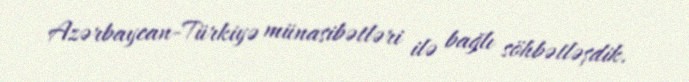
Azərbaycan-Türkiyə münasibətləri ilə bağlı söhbətləşdik.